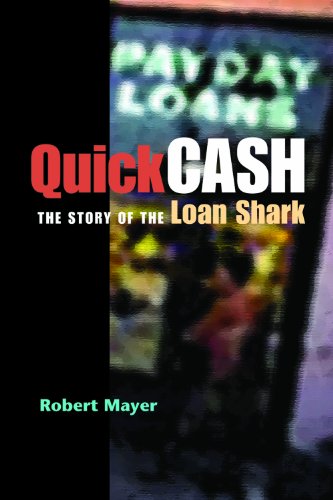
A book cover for Quick Cash: The Story of the Loan Shark; Robert Mayer; Business & Money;